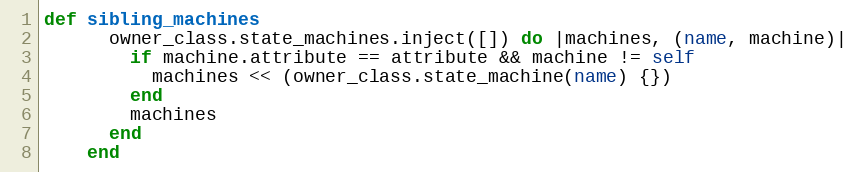
Language: Ruby
def sibling_machines
      owner_class.state_machines.inject([]) do |machines, (name, machine)|
        if machine.attribute == attribute && machine != self
          machines << (owner_class.state_machine(name) {})
        end
        machines
      end
    end